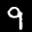
Label: 9